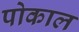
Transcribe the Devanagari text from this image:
पोकाल